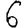
Digit: 6